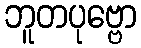
ဘူတပုဗ္ဗော